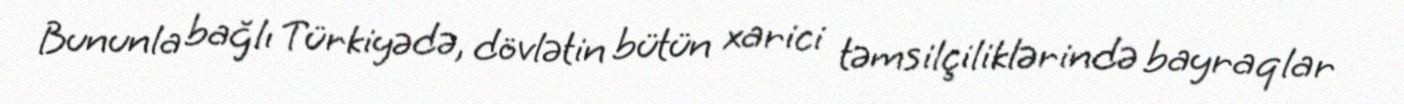
Bununla bağlı Türkiyədə, dövlətin bütün xarici təmsilçiliklərində bayraqlar